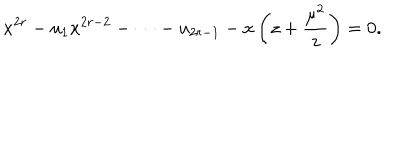
LaTeX: x ^ { 2 r } - u _ { 1 } x ^ { 2 r - 2 } - \cdots - u _ { 2 r - 1 } - x \left( z + { \frac { \mu ^ { 2 } } { z } } \right) = 0 .